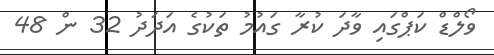
ވޯލްޑް ކަޕްގައި ވާދަ ކުރާ ގައުމު ތަކުގެ އަދަދު 32 ން 48